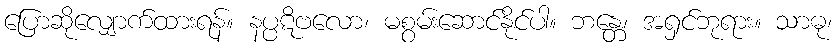
ပြောဆိုလျှောက်ထားရန်။ နပ္ပဋိဗလော၊ မစွမ်းဆောင်နိုင်ပါ။ ဘန္တေ၊ အရှင်ဘုရား။ သာဓု၊